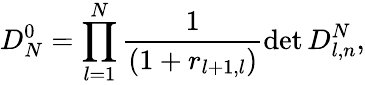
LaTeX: D_{N}^{0}=\prod_{l=1}^{N}\frac{1}{(1+r_{l+1,l})}\operatorname*{det}D_{l,n}^{N},